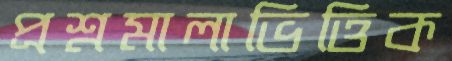
প্রশ্নমালাভিত্তিক